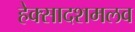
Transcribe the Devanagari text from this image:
हेक्सादशमलव